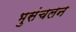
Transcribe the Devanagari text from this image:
भुसंचलन